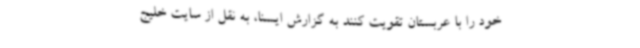
خود را با عربستان تقویت کنند به گزارش ایسنا، به نقل از سایت خلیج